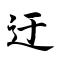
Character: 迂